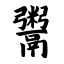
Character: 鬻